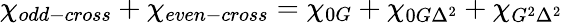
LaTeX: \chi_{odd-cross}+\chi_{even-cross}=\chi_{0G}+\chi_{0G\Delta^{2}}+\chi_{G^{2}\Delta^{2}}